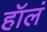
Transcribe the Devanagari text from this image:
हॉलं